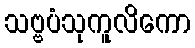
သဗ္ဗပံသုကူလိကော